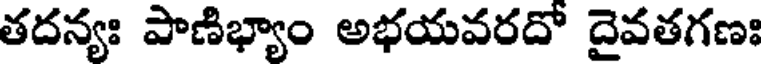
తదన్యః పాణిభ్యాం అభయవరదో దైవతగణః